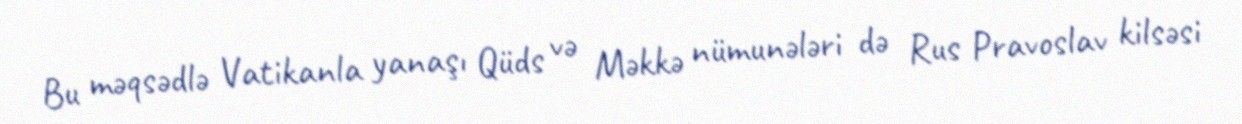
Bu məqsədlə Vatikanla yanaşı Qüds və Məkkə nümunələri də Rus Pravoslav kilsəsi